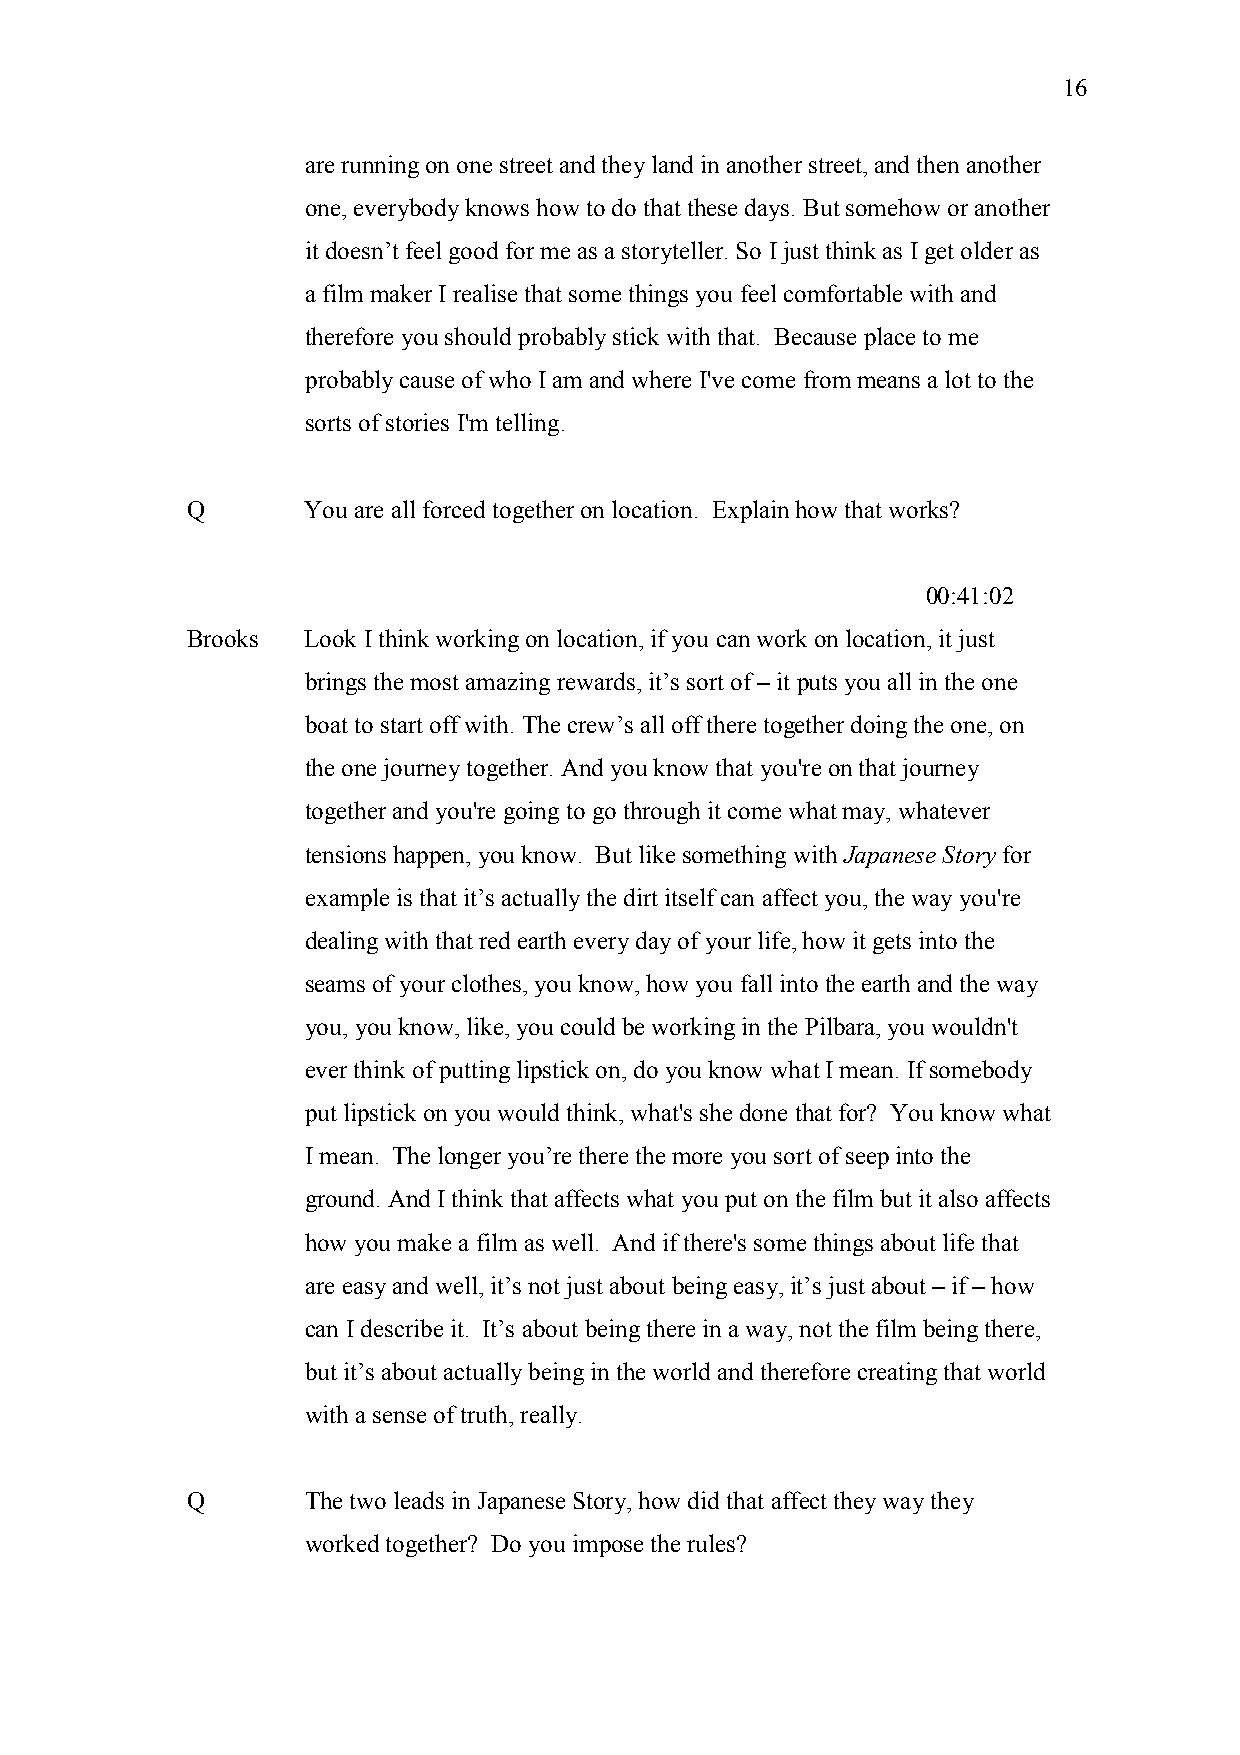
16
 are running on one street and they land in another street, and then another
 one, everybody knows how to do that these days. But somehow or another
 it doesn’t feel good for me as a storyteller. So I just think as I get older as
 a film maker I realise that some things you feel comfortable with and
 therefore you should probably stick with that. Because place to me
 probably cause of who I am and where I've come from means a lot to the
 sorts of stories I'm telling.
 Q       You are all forced together on location. Explain how that works?
 00:41:02
 Brooks  Look I think working on location, if you can work on location, it just
 brings the most amazing rewards, it’s sort of – it puts you all in the one
 boat to start off with. The crew’s all off there together doing the one, on
 the one journey together. And you know that you're on that journey
 together and you're going to go through it come what may, whatever
 tensions happen, you know. But like something with Japanese Story for
 example is that it’s actually the dirt itself can affect you, the way you're
 dealing with that red earth every day of your life, how it gets into the
 seams of your clothes, you know, how you fall into the earth and the way
 you, you know, like, you could be working in the Pilbara, you wouldn't
 ever think of putting lipstick on, do you know what I mean. If somebody
 put lipstick on you would think, what's she done that for? You know what
 I mean. The longer you’re there the more you sort of seep into the
 ground. And I think that affects what you put on the film but it also affects
 how you make a film as well. And if there's some things about life that
 are easy and well, it’s not just about being easy, it’s just about – if – how
 can I describe it. It’s about being there in a way, not the film being there,
 but it’s about actually being in the world and therefore creating that world
 with a sense of truth, really.
 Q       The two leads in Japanese Story, how did that affect they way they
 worked together? Do you impose the rules?